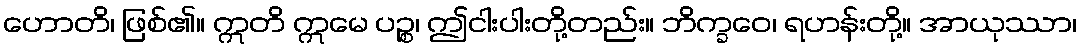
ဟောတိ၊ ဖြစ်၏။ ဣတိ ဣမေ ပဉ္စ၊ ဤငါးပါးတို့တည်း။ ဘိက္ခဝေ၊ ရဟန်းတို့။ အာယုဿာ၊